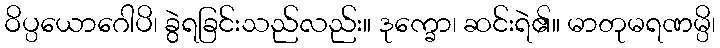
ဝိပ္ပယောဂေါပိ၊ ခွဲရခြင်းသည်လည်း။ ဒုက္ခော၊ ဆင်းရဲ၏။ မာတုမရဏမ္ပိ၊